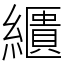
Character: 𦆠